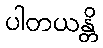
ပါတယန္တိ